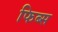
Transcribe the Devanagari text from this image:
फिब्स